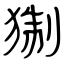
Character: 猘